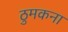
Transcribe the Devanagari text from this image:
ठुमकना